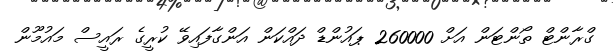
ގްރާންޓް ތޯންޓަން އަށް 260000 ޕައުންޑް ދައްކަން އަންގާފައިވޭ ކުރީގެ ރައީސް މައުމޫން